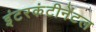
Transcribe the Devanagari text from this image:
इंटरकंटीनेंटल